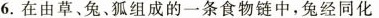
6.在由草、兔、狐组成的一条食物链中，兔经同化